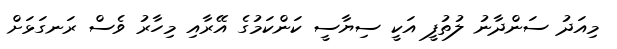
މިއަދު ސަންދާނު ލުތުފީ އަކީ ސިޔާސީ ކަންކަމުގެ އޭރާއި މިހާރު ވެސް ރަނގަޅަށް